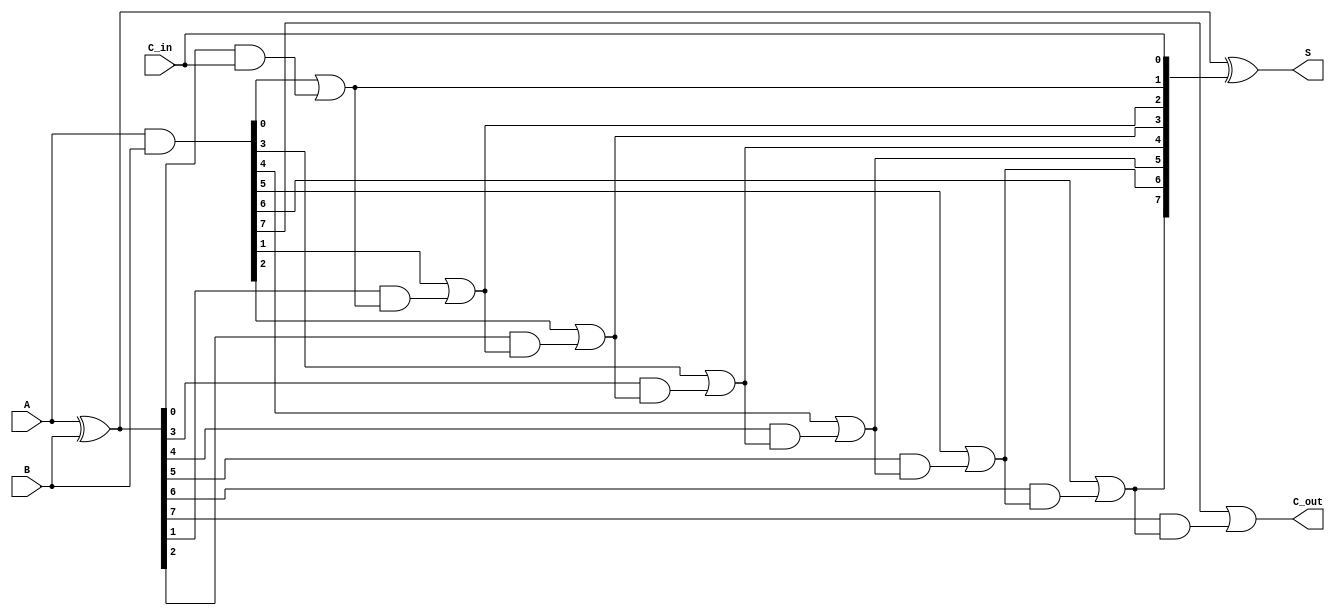
module Sklansky_Adder #(parameter N = 8) (
    input  [N-1:0] A,      // First operand
    input  [N-1:0] B,      // Second operand
    input         C_in,     // Carry-in
    output [N-1:0] S,      // Sum output
    output        C_out     // Carry-out
);

    wire [N-1:0] G; // Generate signals
    wire [N-1:0] P; // Propagate signals
    wire [N:0] C;    // Carry signals

    // Generate and Propagate calculations
    assign G = A & B;           // G[i] = A[i] & B[i]
    assign P = A ^ B;           // P[i] = A[i] ^ B[i]

    // Carry signal calculations
    assign C[0] = C_in;         // Initial carry-in

    genvar i;
    generate
        for (i = 0; i < N; i = i + 1) begin : carry_generation
            if (i == 0) begin
                assign C[i + 1] = G[i] | (P[i] & C[i]); // C[1] = G[0] + P[0] * C_in
            end else begin
                assign C[i + 1] = G[i] | (P[i] & C[i]); // C[i+1] = G[i] + P[i] * C[i]
            end
        end
    endgenerate

    // Sum calculation
    assign S = P ^ C[N-1:0]; // S[i] = P[i] ^ C[i]

    // Final carry-out
    assign C_out = C[N]; // Final carry-out

endmodule